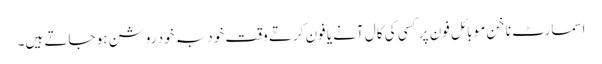
اسمارٹ ناخن موبائل فون پر کسی کی کال آنے یا فون کرتے وقت خود بہ خود روشن ہو جاتے ہیں۔